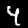
Label: 4